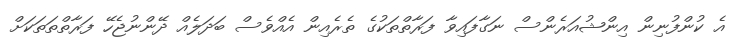
އެ ކުންފުނިން އިންޝުއަރެންސް ނަގާފައިވާ ފަރާތްތަކުގެ ތެރެއިން އެއްވެސް ބަދަލެއް ދޭންނުޖެހޭ ފަރާތްތަތަކަށް